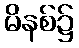
မိနစ်၌